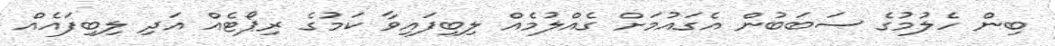
ބިން ހެލުމުގެ ސަބަބުން އެގައުމަށް ގެއްލުމެއް ލިބިފައިވާ ކަމުގެ ރިޕޯޓެއް އަދި ލިބިފައެއް